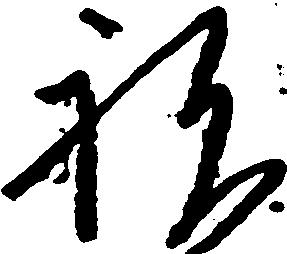
祝